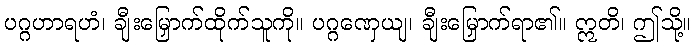
ပဂ္ဂဟာရဟံ၊ ချီးမြှောက်ထိုက်သူကို။ ပဂ္ဂဏှေယျ၊ ချီးမြှောက်ရာ၏။ ဣတိ၊ ဤသို့။